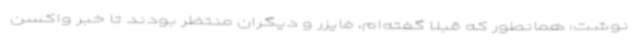
نوشت: همانطور که قبلا گفته‌ام، فایزر و دیگران منتظر بودند تا خبر واکسن